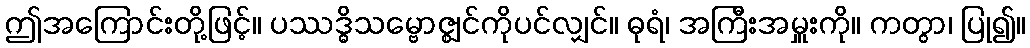
ဤအကြောင်းတို့ဖြင့်။ ပဿဒ္ဓိသမ္ဗောဇ္ဈင်ကိုပင်လျှင်။ ဓုရံ၊ အကြီးအမှူးကို။ ကတွာ၊ ပြု၍။